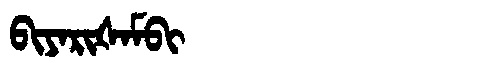
Manchu: ᠪᡳᠶᠠᡵᡳᡧᠠᠮᠪᡳ
Romanization: BIYARIŠAMBI